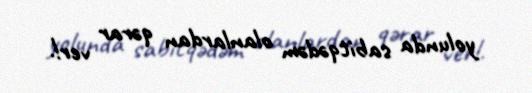
yolunda sabitqədəm olanlardan qərar ver!.